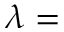
\lambda =